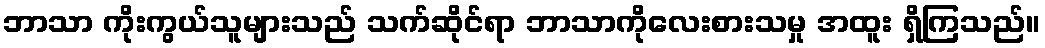
ဘာသာ ကိုးကွယ်သူများသည် သက်ဆိုင်ရာ ဘာသာကိုလေးစားသမှု အထူး ရှိကြသည်။